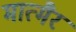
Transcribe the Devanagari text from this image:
मात्मैर